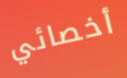
أخصائي